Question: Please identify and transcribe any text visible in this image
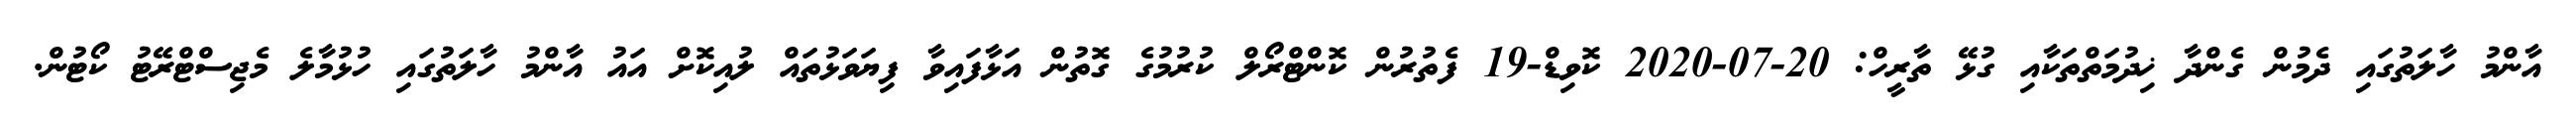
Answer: އާންމު ހާލަތުގައި ދެމުން ގެންދާ ޚިދުމަތްތަކާއި ގުޅޭ ތާރީހް: 20-07-2020 ކޮވިޑް-19 ފެތުރުން ކޮންޓްރޯލް ކުރުމުގެ ގޮތުން އަޅާފައިވާ ފިޔަވަޅުތައް ލުއިކޮށް އައު އާންމު ހާލަތުގައި ހުޅުމާލެ މެޖިސްޓްރޭޓު ކޯޓުން.